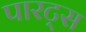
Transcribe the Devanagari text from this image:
पारट्स